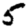
Digit: 5